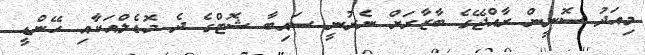
މިއަދު ސޮނީން ރާއްޖޭގެ ބާޒާރަށް ނެރުނީ ސައިބާ ޝޮޓްގެ ދެ މޮޑެލްއަކާއި ހޭންޑީ